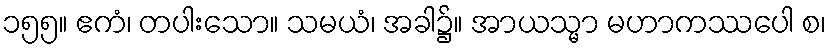
၁၅၅။ ဧကံ၊ တပါးသော။ သမယံ၊ အခါ၌။ အာယသ္မာ မဟာကဿပေါ စ၊